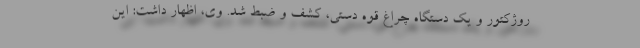
روژکتور و یک دستگاه چراغ قوه دستی، کشف و ضبط شد. وی، اظهار داشت: این